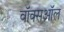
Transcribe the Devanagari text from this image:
वॉक्सऑल